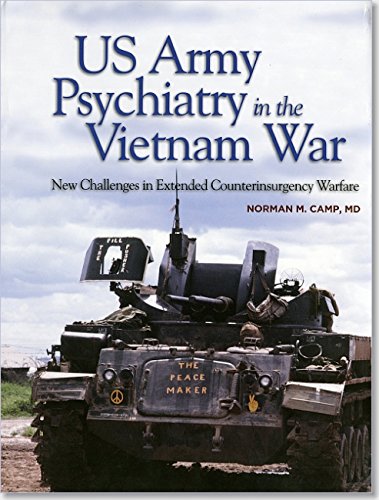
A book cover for US Army Psychiatry in the Vietnam War: New Challenges in Extended Counterinsurgency Warfare (Textbooks of Military Medicine); Norman M. Camp M.D.; Parenting & Relationships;